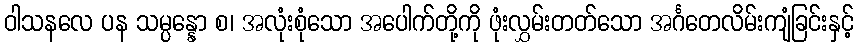
ဝါသနလေ ပန သမ္ပန္နော စ၊ အလုံးစုံသော အပေါက်တို့ကို ဖုံးလွှမ်းတတ်သော အင်္ဂတေလိမ်းကျံခြင်းနှင့်